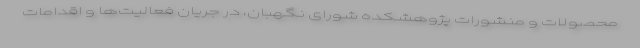
محصولات و منشورات پژوهشکده شورای نگهبان، در جریان فعالیت‌ها و اقدامات